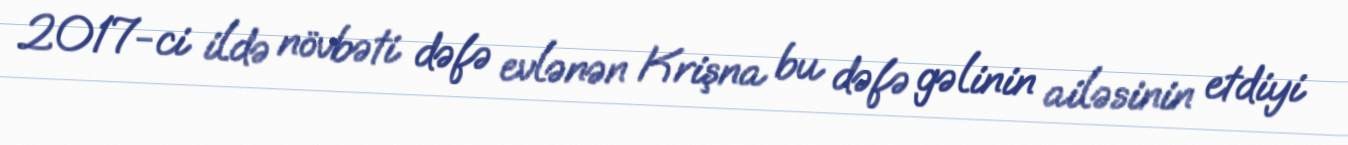
2017-ci ildə növbəti dəfə evlənən Krişna bu dəfə gəlinin ailəsinin etdiyi